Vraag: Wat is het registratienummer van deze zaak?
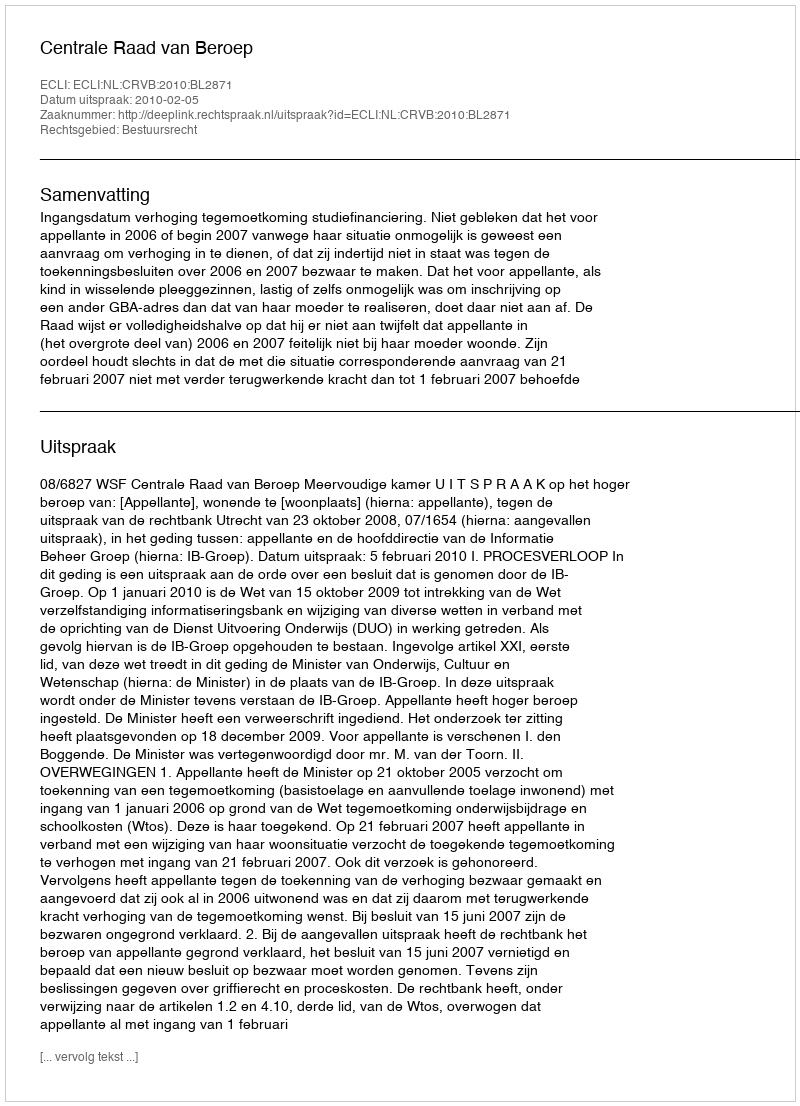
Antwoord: http://deeplink.rechtspraak.nl/uitspraak?id=ECLI:NL:CRVB:2010:BL2871